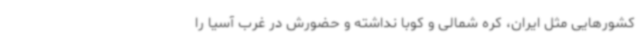
کشورهایی مثل ایران، کره شمالی و کوبا نداشته و حضورش در غرب آسیا را